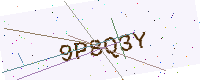
Text: 9P8Q3Y